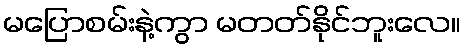
မပြောစမ်းနဲ့ကွာ မတတ်နိုင်ဘူးလေ။